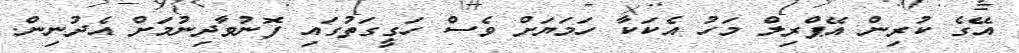
އޭގެ ކުރިން އޭޕްރިލް މަހު އެކަކާ ހަމަޔަށް ވެސް ހަގީގަތުގައި ފޮނުވާދިނުމަށް އެދުނިން.